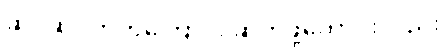
ဆင့်ဆင့်တက်ကြောင်း ဆက်ဖို့ကောင်းလည်း